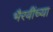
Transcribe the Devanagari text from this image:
भैरवींच्या